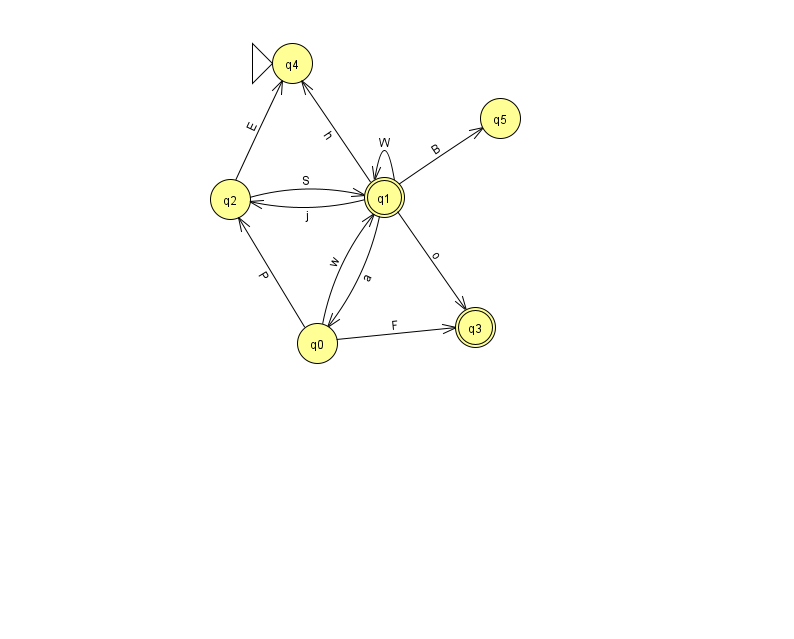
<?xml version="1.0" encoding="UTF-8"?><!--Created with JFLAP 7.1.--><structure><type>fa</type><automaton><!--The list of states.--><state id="0" name="q0"><x>317.0</x><y>330.0</y></state><state id="1" name="q1"><x>384.0</x><y>184.0</y><final/></state><state id="2" name="q2"><x>230.0</x><y>186.0</y></state><state id="3" name="q3"><x>475.0</x><y>314.0</y><final/></state><state id="4" name="q4"><x>292.0</x><y>50.0</y><initial/></state><state id="5" name="q5"><x>500.0</x><y>105.0</y></state><!--The list of transitions.--><transition><from>1</from><to>3</to><read>o</read></transition><transition><from>2</from><to>1</to><read>S</read></transition><transition><from>0</from><to>3</to><read>F</read></transition><transition><from>2</from><to>4</to><read>E</read></transition><transition><from>1</from><to>1</to><read>W</read></transition><transition><from>1</from><to>5</to><read>B</read></transition><transition><from>0</from><to>1</to><read>w</read></transition><transition><from>1</from><to>4</to><read>h</read></transition><transition><from>1</from><to>2</to><read>j</read></transition><transition><from>0</from><to>2</to><read>P</read></transition><transition><from>1</from><to>0</to><read>a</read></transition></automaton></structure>